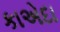
કાએદા